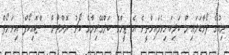
ނިއުގެ ފޯވާޑަލައިން ބަލިކަށިވެފައިވާތީވެ އެ ޓީމްގެ ބަލްގޭރިޔާގެ ކޯޗު ޔޮރްދާން ސްޓޮއިކޯފް އިވަނޯފް